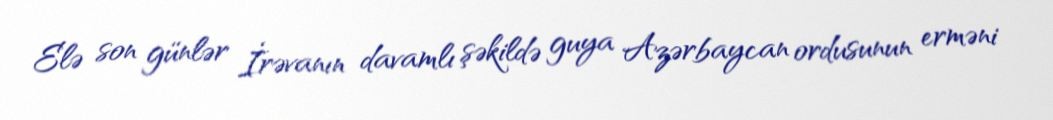
Elə son günlər İrəvanın davamlı şəkildə guya Azərbaycan ordusunun erməni